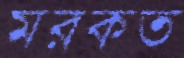
মরকত